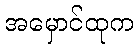
အမှောင်ထုက